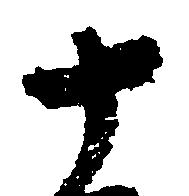
十